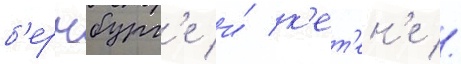
б'ернбург'е и́ к'ет'ен'е //